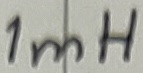
Text: 1mH